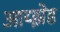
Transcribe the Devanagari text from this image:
आय्झेड